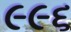
૯૯૬